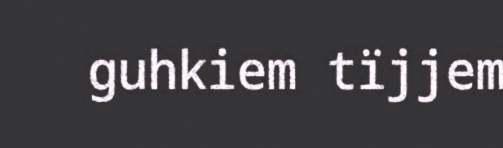
guhkiem tïjjem